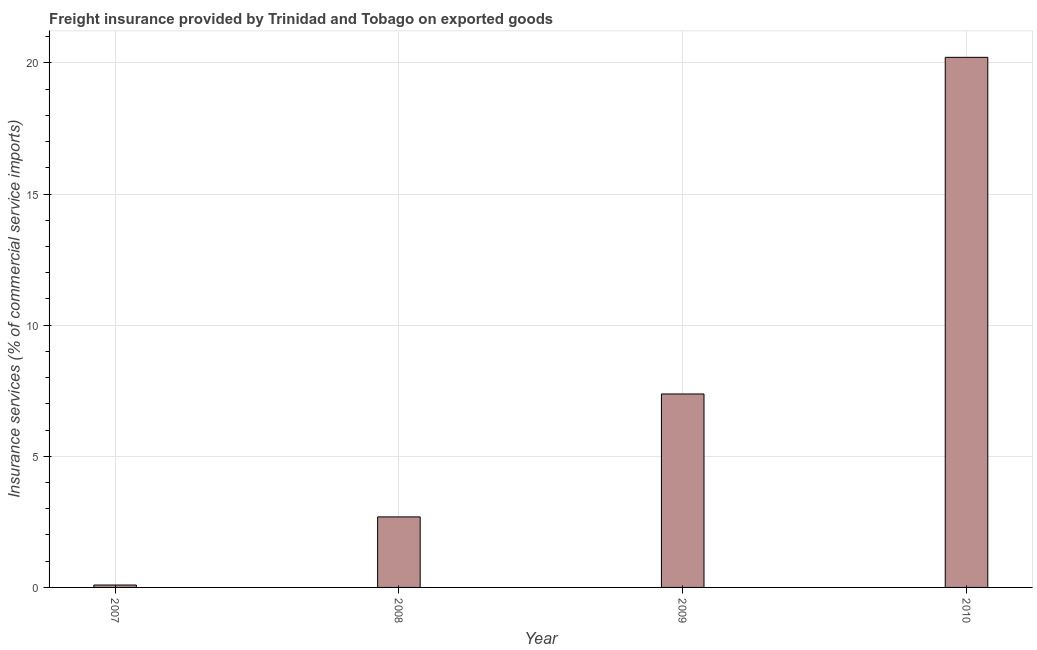
| Year | Insurance and financial services |
 | --- | --- |
 | 2007 | 0.0918 |
 | 2008 | 2.69 |
 | 2009 | 7.38 |
 | 2010 | 20.2 |